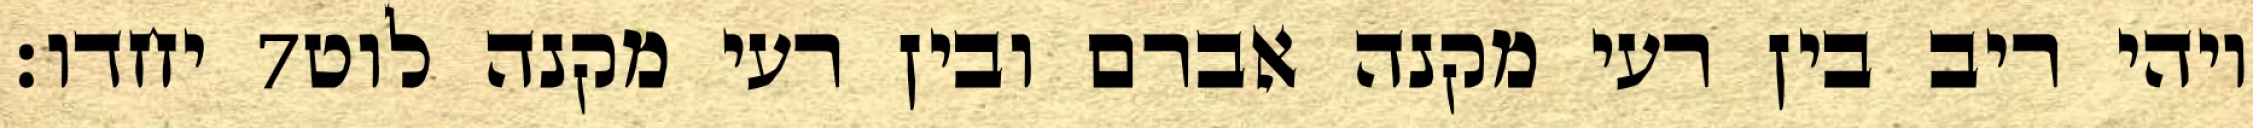
יחדו׃ ‎7‏ ויהי ריב בין רעי מקנה אברם ובין רעי מקנה לוט